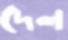
দেল